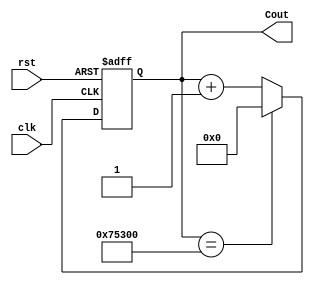
module Cont(clk, rst, Cout);
	input wire clk, rst;
	output reg[18:0] Cout;

always@(posedge clk or posedge rst)
		if(rst)
			Cout = 19'd0;
			
		else if(Cout == 19'd480000)
			Cout = 19'd0;
			
		else 
			Cout = Cout + 19'd1;
 
endmodule